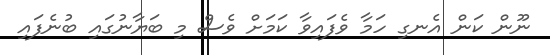
ނޫން ކަން އެނގި ހަމާ ވެފައިވާ ކަމަށް ވެސް މި ބަޔާނުގައި ބުނެފައި